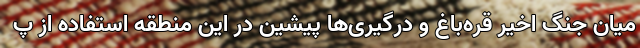
میان جنگ اخیر قره‌باغ و درگیری‌ها پیشین در این منطقه استفاده از پ